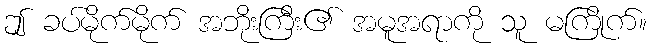
ဤ ခပ်မိုက်မိုက် အဘိုးကြီး၏ အမူအရာကို သူ မကြိုက်။